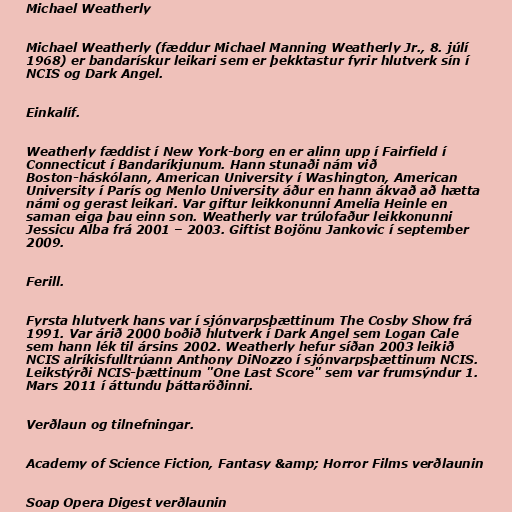
Michael Weatherly

Michael Weatherly (fæddur Michael Manning Weatherly Jr., 8. júlí
1968) er bandarískur leikari sem er þekktastur fyrir hlutverk sín í
NCIS og Dark Angel.

Einkalíf.

Weatherly fæddist í New York-borg en er alinn upp í Fairfield í
Connecticut í Bandaríkjunum. Hann stunaði nám við
Boston-háskólann, American University í Washington, American
University í París og Menlo University áður en hann ákvað að hætta
námi og gerast leikari. Var giftur leikkonunni Amelia Heinle en
saman eiga þau einn son. Weatherly var trúlofaður leikkonunni
Jessicu Alba frá 2001 – 2003. Giftist Bojönu Jankovic í september
2009.

Ferill.

Fyrsta hlutverk hans var í sjónvarpsþættinum The Cosby Show frá
1991. Var árið 2000 boðið hlutverk í Dark Angel sem Logan Cale
sem hann lék til ársins 2002. Weatherly hefur síðan 2003 leikið
NCIS alríkisfulltrúann Anthony DiNozzo í sjónvarpsþættinum NCIS.
Leikstýrði NCIS-þættinum "One Last Score" sem var frumsýndur 1.
Mars 2011 í áttundu þáttaröðinni.

Verðlaun og tilnefningar.

Academy of Science Fiction, Fantasy &amp; Horror Films verðlaunin

Soap Opera Digest verðlaunin